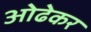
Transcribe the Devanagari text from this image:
ओढेकर